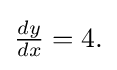
{\textstyle {\frac {dy}{dx}}=4.}